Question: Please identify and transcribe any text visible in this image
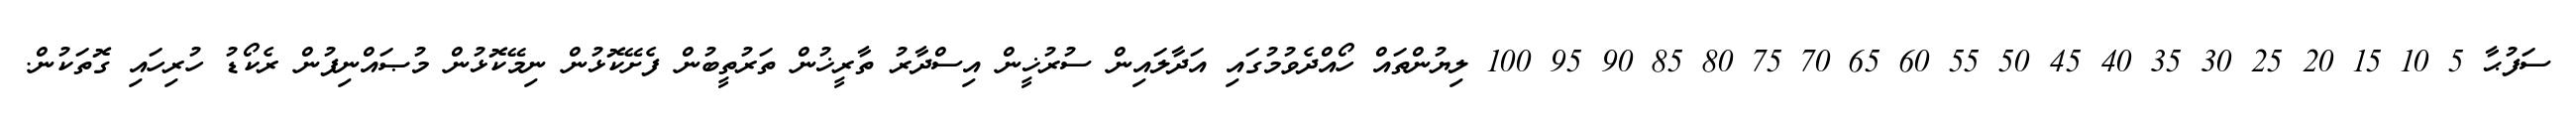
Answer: ސަފުޙާ 5 10 15 20 25 30 35 40 45 50 55 60 65 70 75 80 85 90 95 100 ލިޔުންތައް ހޯއްދެވުމުގައި އަދާލައިން ސުރުޚީން އިސްދާރު ތާރީޚުން ތަރުތީބުން ފެށޭކޮޅުން ނިމޭކޮޅުން މުޞައްނިފުން ރެކޯޑު ހުރިހައި ގޮތަކުން.